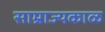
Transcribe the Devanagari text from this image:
साम्राज्यकाळ